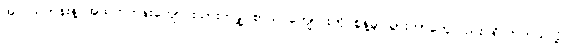
အလယ်တန်းနဲ့ အထက်တန်းကျောင်းသားတချို့ စာသင်ကျောင်းကို စွန့်ခွာသွားတာတွေလည်း ရှိလာတယ်လို့